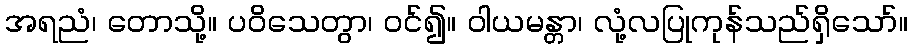
အရညံ၊ တောသို့။ ပဝိသေတွာ၊ ဝင်၍။ ဝါယမန္တာ၊ လုံ့လပြုကုန်သည်ရှိသော်။